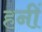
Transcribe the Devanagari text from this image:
हनीं